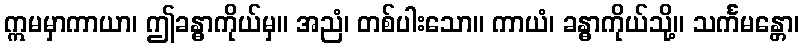
ဣမမှာကာယာ၊ ဤခန္ဓာကိုယ်မှ။ အညံ၊ တစ်ပါးသော။ ကာယံ၊ ခန္ဓာကိုယ်သို့။ သင်္ကမန္တော၊